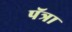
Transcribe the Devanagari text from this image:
पॅत्रा